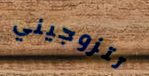
تتزوجيني